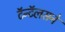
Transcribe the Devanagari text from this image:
टॅन्टॅलसने